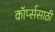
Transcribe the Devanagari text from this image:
कॉर्प्ससाठी